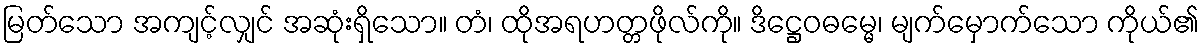
မြတ်သော အကျင့်လျှင် အဆုံးရှိသော။ တံ၊ ထိုအရဟတ္တဖိုလ်ကို။ ဒိဋ္ဌေဝဓမ္မေ၊ မျက်မှောက်သော ကိုယ်၏